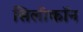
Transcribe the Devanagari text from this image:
सिलीकॉन